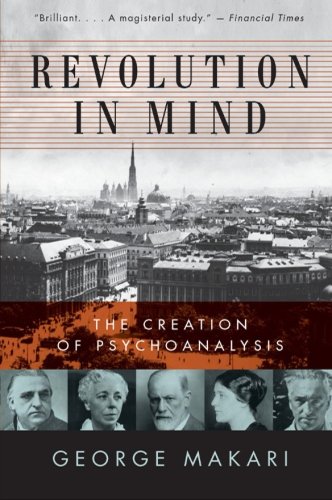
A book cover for Revolution in Mind: The Creation of Psychoanalysis; George Makari; Medical Books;